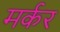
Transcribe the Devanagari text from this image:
मर्कर